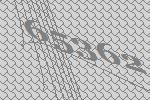
65362